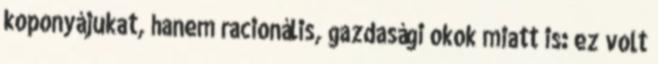
koponyájukat, hanem racionális, gazdasági okok miatt is: ez volt